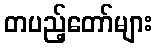
တပည့်တော်များ